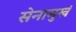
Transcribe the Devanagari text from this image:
सेनामुखं